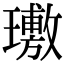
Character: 璷